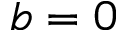
b = 0